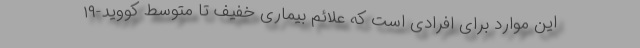
این موارد برای افرادی است که علائم بیماری خفیف تا متوسط ‌کووید-۱۹